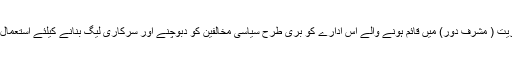
دور آمریت ( مشرف دور) میں قائم ہونے والے اس ادارے کو بری طرح سیاسی مخالفین کو دبوچنے اور سرکاری لیگ بنانے کیلئے استعمال کیا گیا۔